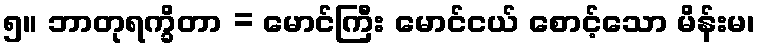
၅။ ဘာတုရက္ခိတာ = မောင်ကြီး မောင်ငယ် စောင့်သော မိန်းမ၊